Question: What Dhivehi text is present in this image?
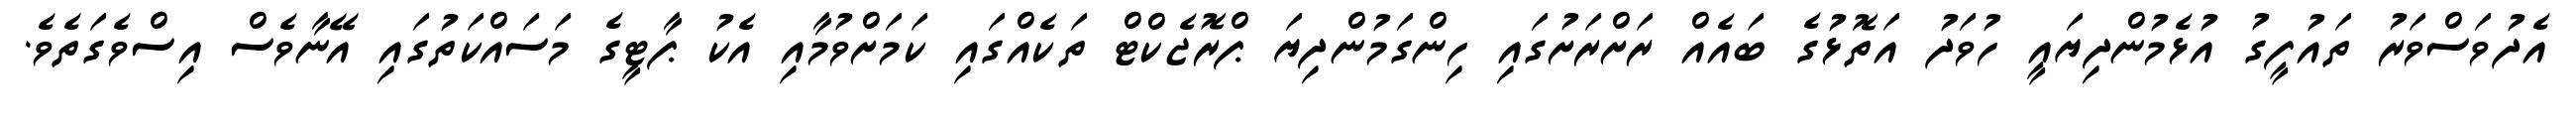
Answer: އެދުވަސްވަރު ތައުފީގު އުޅެމުންދިޔައީ ހުވަދު އަތޮޅުގެ ބައެއް ރަށްރަށުގައި ހިންގަމުންދިޔަ ޕްރޮޖެކްޓް ތަކެއްގައި ކަމަށްވުމާއި އެކު ޕާޓީގެ މަސައްކަތުގައި އޭނާވެސް އިސްވެގަތެވެ.